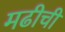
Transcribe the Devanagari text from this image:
मढीची